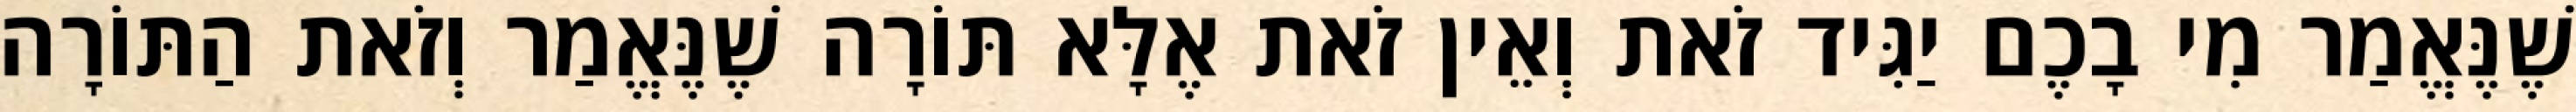
שֶׁנֶּאֱמַר מִי בָכֶם יַגִּיד זֹאת וְאֵין זֹאת אֶלָּא תּוֹרָה שֶׁנֶּאֱמַר וְזֹאת הַתּוֹרָה